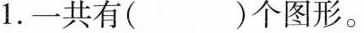
1.一共有( )个图形。